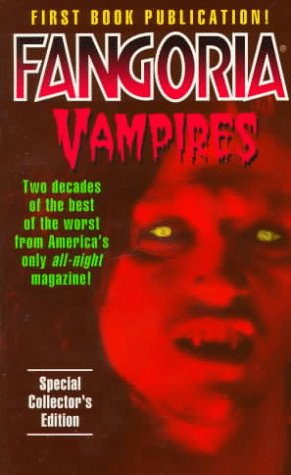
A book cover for Fangoria Vampires; Tony Timpone; Humor & Entertainment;